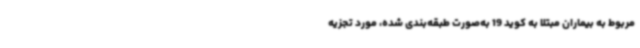
مربوط به بیماران مبتلا به کوید 19 به‌صورت طبقه‌بندی شده، مورد تجزیه